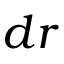
d r